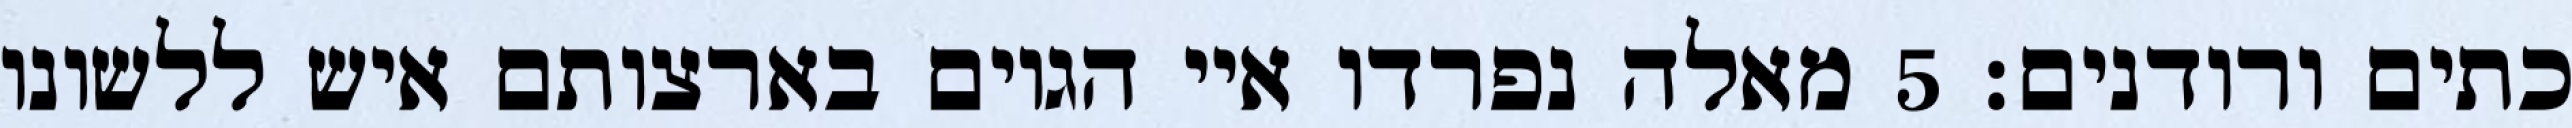
כתים ורודנים׃ ‎5‏ מאלה נפרדו איי הגוים בארצותם איש ללשונו